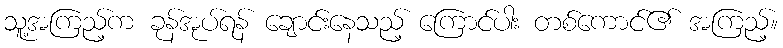
သူ့အကြည့်က ခုန်အုပ်ရန် ချောင်းနေသည့် ကြောင်ပါး တစ်ကောင်၏ အကြည့်။